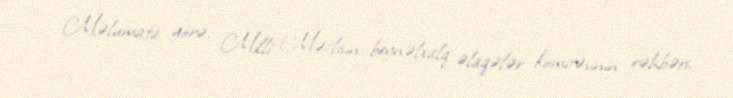
Məlumata görə, Milli Məclisin beynəlxalq əlaqələr komitəsinin rəhbəri,